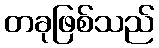
တခုဖြစ်သည်